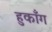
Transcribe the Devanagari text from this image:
हुकाँग